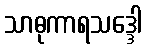
သာဓုကာရသဒ္ဒေါ